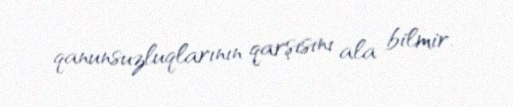
qanunsuzluqlarının qarşısını ala bilmir.